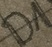
Text: D1